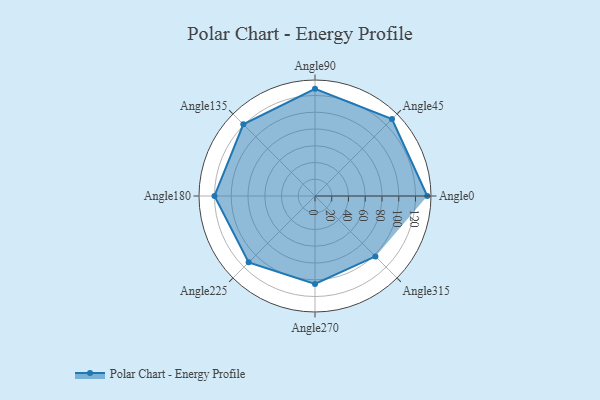
{"axis": {"x": "Angle", "y": "Radius"}, "legend": [""], "data": [{"x": "Angle0", "y": 134.0, "type": ""}, {"x": "Angle45", "y": 130.0, "type": ""}, {"x": "Angle90", "y": 128.0, "type": ""}, {"x": "Angle135", "y": 121.0, "type": ""}, {"x": "Angle180", "y": 120.0, "type": ""}, {"x": "Angle225", "y": 112.0, "type": ""}, {"x": "Angle270", "y": 105.0, "type": ""}, {"x": "Angle315", "y": 102.0, "type": ""}]}